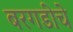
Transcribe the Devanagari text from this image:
बरगडीचे